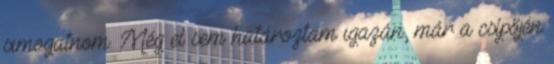
simogatnom. Még el sem határoztam igazán, már a csípőjén